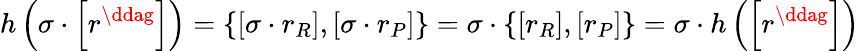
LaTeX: h\left(\sigma\cdot\left[r^{\ddag}\right]\right)=\left\{ \left[\sigma\cdot r_{R}\right],\left[\sigma\cdot r_{P}\right]\right\} =\sigma\cdot\left\{ \left[r_{R}\right],\left[r_{P}\right]\right\} =\sigma\cdot h\left(\left[r^{\ddag}\right]\right)